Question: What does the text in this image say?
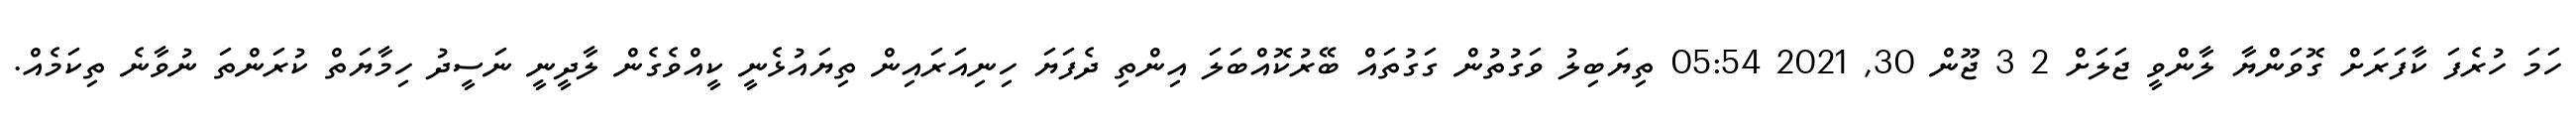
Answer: ހަމަ ހުރެފަ ކާފަރަށް ގޮވަންޔާ ލާންވީ ޖަލަށް 2 3 ޖޫން 30, 2021 05:54 ތިޔަބިލު ވަގުތުން ގަގުތައް ބޭރުކޮއްބަލަ އިންތި ދެފަޔަ ހިނިއަރައިން ތިޔައުޅެނީ ކީއްވެގެން ލާދީނީ ނަސީދު ހިމާޔަތް ކުރަންތަ ނުވާނެ ތިކަމެއް.